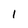
Character: I